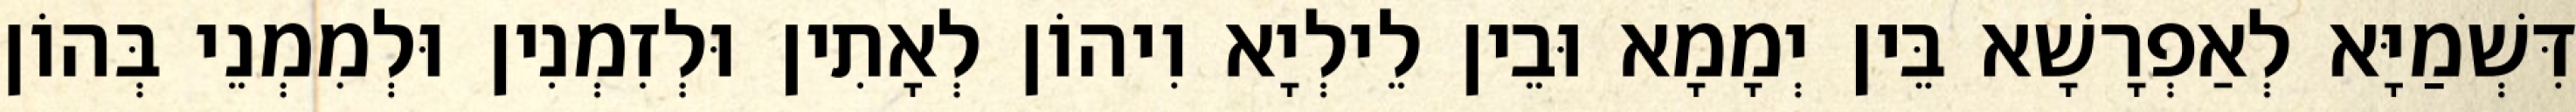
דִּשְׁמַיָּא לְאַפְרָשָׁא בֵּין יְמָמָא וּבֵין לֵילְיָא וִיהוֹן לְאָתִין וּלְזִמְנִין וּלְמִמְנֵי בְּהוֹן